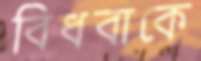
বিধবাকে